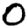
Digit: 0